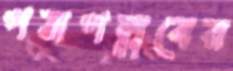
পত্রপল্লবের